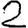
Digit: 2